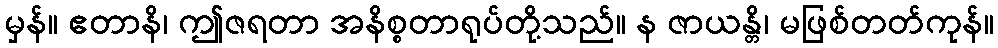
မှန်။ ဧတာနိ၊ ဤဇရတာ အနိစ္စတာရုပ်တို့သည်။ န ဇာယန္တိ၊ မဖြစ်တတ်ကုန်။